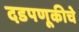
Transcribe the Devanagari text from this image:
दडपणूकीचे